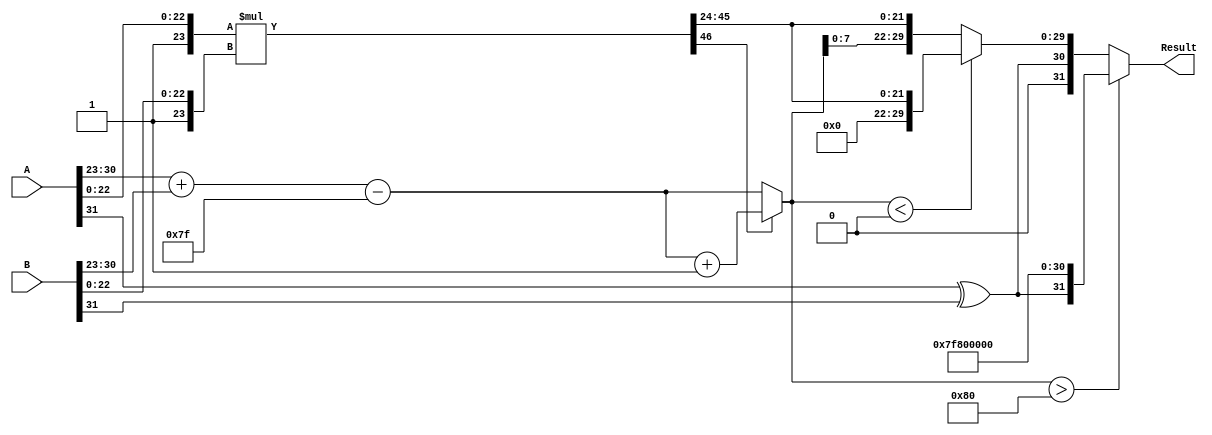
module floating_point_multiplier #(
    parameter E = 8,  // Exponent bits
    parameter M = 23, // Mantissa bits
    parameter BIAS = 127 // Bias for exponent
)(
    input [E + M:0] A, // A = sign (1) + exponent (E) + fraction (M)
    input [E + M:0] B, // B = sign (1) + exponent (E) + fraction (M)
    output reg [E + M:0] Result // Result = sign (1) + exponent (E) + fraction (M)
);

    wire signA = A[E + M]; // Sign bit of A
    wire signB = B[E + M]; // Sign bit of B
    wire [E - 1:0] expA = A[E + M - 1:E + M - E]; // Exponent of A
    wire [E - 1:0] expB = B[E + M - 1:E + M - E]; // Exponent of B
    wire [M:0] fracA = {1'b1, A[M-1:0]}; // Mantissa of A (implicit leading 1)
    wire [M:0] fracB = {1'b1, B[M-1:0]}; // Mantissa of B (implicit leading 1)

    // Sign result
    wire sign_result = signA ^ signB;

    // Exponent result
    wire [E:0] exp_result = expA + expB - BIAS; // Add exponents and subtract bias

    // Mantissa multiplication
    wire [2*M:0] mantissa_product = fracA * fracB; // Mantissa product

    reg [M - 1:0] mantissa_result; // Final mantissa result
    reg [E:0] exp_final; // Final exponent

    // Simplified normalization: shift mantissa if overflow occurs
    always @(*) begin
        if (mantissa_product[2*M]) begin // Check for leading one
            mantissa_result = mantissa_product[2*M - 1:M]; // Right shift
            exp_final = exp_result + 1; // Increment exponent
        end else begin
            mantissa_result = mantissa_product[2*M - 1:M]; // No shift
            exp_final = exp_result;
        end

        // Handle exponent range and create final result
        if (exp_final > {1'b1, {E-1{1'b0}}}) begin // Check for overflow
            Result = {sign_result, {E{1'b1}}, {M{1'b0}}}; // Saturate to infinity
        end else if (exp_final < 0) begin // Underflow handling (subnormal numbers)
            Result = {sign_result, {E{1'b0}}, mantissa_result[M-1:1]}; // Denormalized
        end else begin
            Result = {sign_result, exp_final[E-1:0], mantissa_result[M-1:1]}; // Final output
        end
    end
endmodule